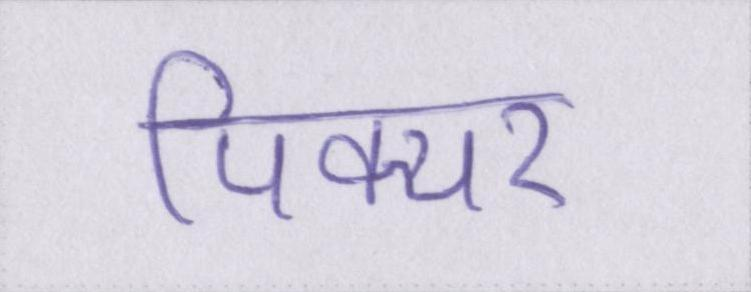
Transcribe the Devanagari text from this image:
पिक्चर